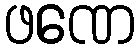
ဖဏေ